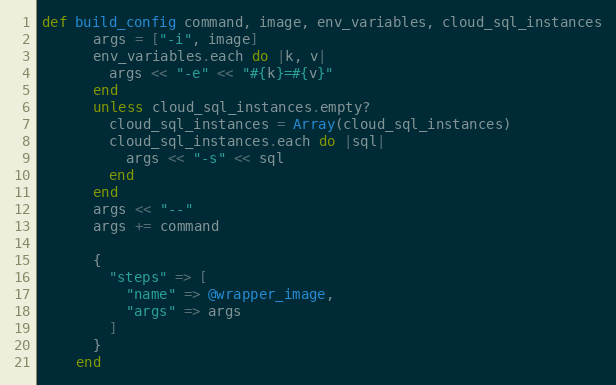
Language: Ruby
def build_config command, image, env_variables, cloud_sql_instances
      args = ["-i", image]
      env_variables.each do |k, v|
        args << "-e" << "#{k}=#{v}"
      end
      unless cloud_sql_instances.empty?
        cloud_sql_instances = Array(cloud_sql_instances)
        cloud_sql_instances.each do |sql|
          args << "-s" << sql
        end
      end
      args << "--"
      args += command

      {
        "steps" => [
          "name" => @wrapper_image,
          "args" => args
        ]
      }
    end